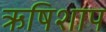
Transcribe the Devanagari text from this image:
ऋषिशाप